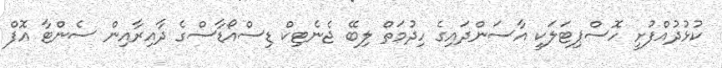
ކުޅުދުއްފުށީ ހޮސްޕިޓަލަކީ އާސަންދައިގެ ހިދުމަތް ލިބޭ ޖެނެޓިކް ޑިސްއޯޑާސްގެ ދާއިރާއިން ސެންޓާ އޮފް